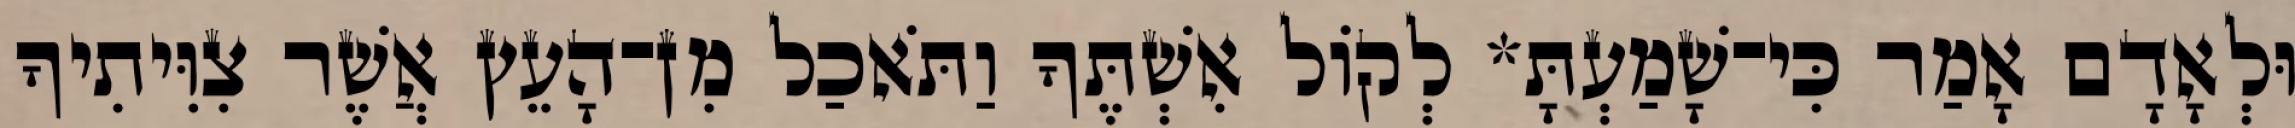
וּלְאָדָם אָמַר כִּי־שָׁמַעְתָּ* לְקֹול אִשְׁתֶּךָ וַתֹּאכַל מִן־הָעֵץ אֲשֶׁר צִוִּיתִיךָ